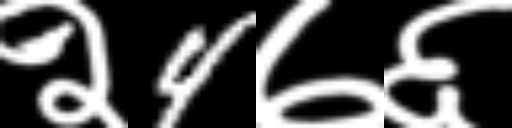
Text: २4७६